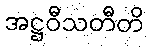
အဋ္ဌဝီသတီတိ